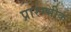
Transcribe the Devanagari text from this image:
प्रारम्भीक